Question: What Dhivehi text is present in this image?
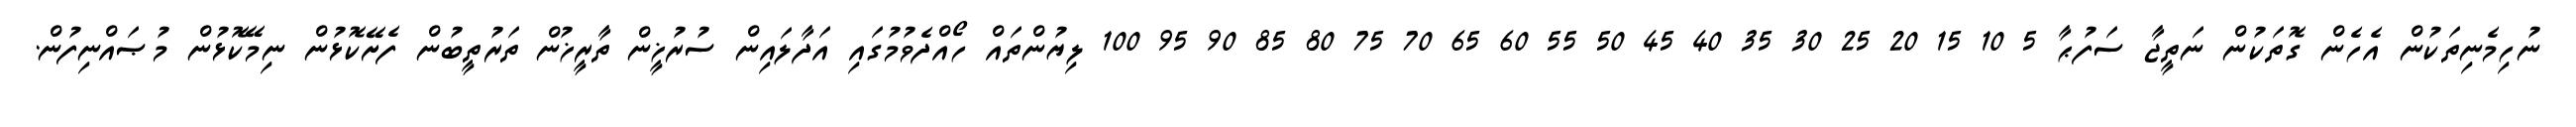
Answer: ނުހިމެނިތަކުން އެހެން ގޮތަކުން ނަތީޖާ ސަފުޙާ 5 10 15 20 25 30 35 40 45 50 55 60 65 70 75 80 85 90 95 100 ލިޔުންތައް ހޯއްދެވުމުގައި އަދާލައިން ސުރުޚީން ތާރީޚުން ތަރުތީބުން ފެށޭކޮޅުން ނިމޭކޮޅުން މުޞައްނިފުން.